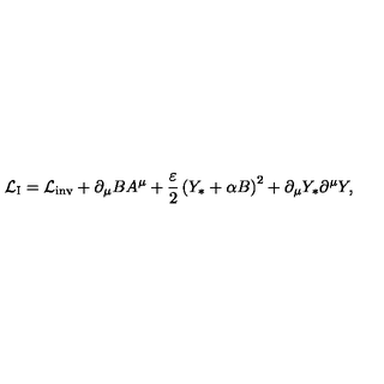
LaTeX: { \cal L } _ { \mathrm { I } } = { \cal L } _ { \mathrm { i n v } } + \partial _ { \mu } B A ^ { \mu } + { \frac { \varepsilon } { 2 } } \left( Y _ { * } + \alpha B \right) ^ { 2 } + \partial _ { \mu } Y _ { * } \partial ^ { \mu } Y , \,